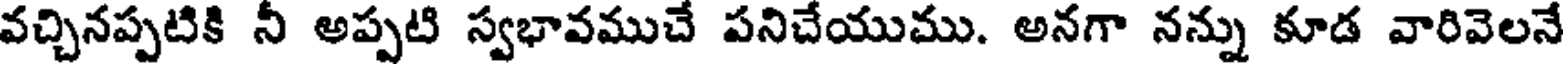
వచ్చినప్పటికి నీ అప్పటి స్వభావముచే పనిచేయుము. అనగా నన్ను కూడ వారివెలనే